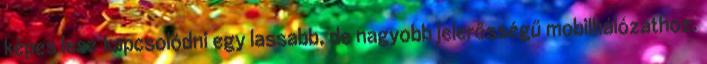
képes lesz kapcsolódni egy lassabb, de nagyobb jelerősségű mobilhálózathoz.